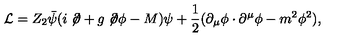
{ \cal L } = Z _ { 2 } \bar { \psi } ( i \not \! \partial + g \not \! \partial \phi - M ) \psi + \frac { 1 } { 2 } ( \partial _ { \mu } \phi \cdot \partial ^ { \mu } \phi - m ^ { 2 } \phi ^ { 2 } ) ,